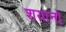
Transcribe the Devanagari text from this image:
शयानो